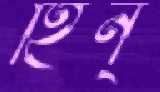
হিন্